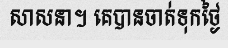
សាសនា។ គេបានចាត់ទុកថ្ងៃ